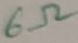
Text: 6Ω